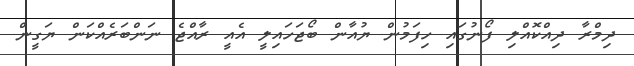
ދިމްރާ ދިއްކޮއްލި ފޯނުގައި ހިފަމުން ޔުއާން ބޯޖަހައިލީ އެއީ ރާއްޖެ ނަންބަރެއްކަން ޔަގީން